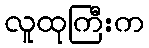
လူထုကြီးက